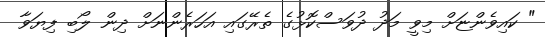
" ކައިވެންޏަށް މިވީ މަދު ދުވަސްކޮޅުގެ ތެރޭގައި އަހަރެންނަށް ދިން ލޯބި ފިޔަވާ